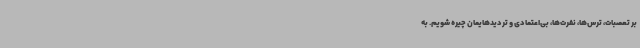
بر تعصبات، ترس‌ها، نفرت‌ها، بی‌اعتمادی و تردیدهایمان چیره شویم. به